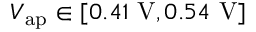
V _ { \mathrm { a p } } \in [ 0 . 4 1 ~ \mathrm { V } , 0 . 5 4 ~ \mathrm { V } ]